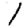
Digit: 1